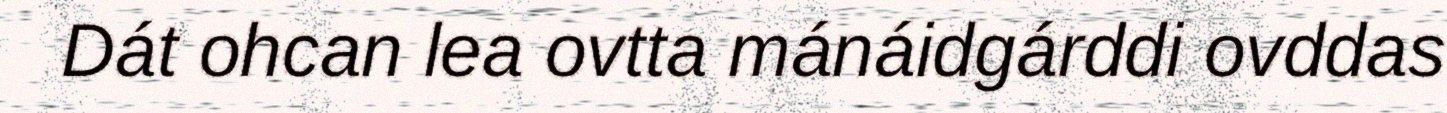
Dát ohcan lea ovtta mánáidgárddi ovddas